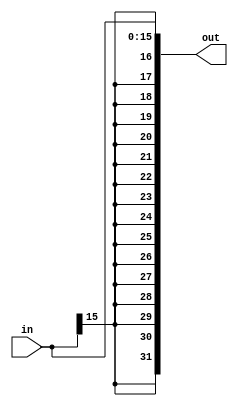
`timescale 1ns/1ns
module Sign_ext(in,out);
    input [15:0]in;
    output [31:0]out;
    assign out={{16{in[15]}},in};

endmodule